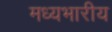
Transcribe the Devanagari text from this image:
मध्यभारीय